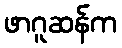
ဖာဂူဆန်က